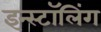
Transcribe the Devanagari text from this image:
इन्स्टॉलिंग